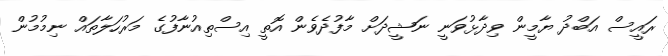
ރައީސް އަބްދު ޔާމީން ވިދާޅުވަނީ ނަޝީދަށް މާފުދެވެން އޮތީ އިސްތިއުނާފުގެ މަރުހަލާތައް ނިމުމުން